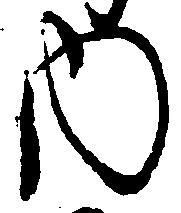
内